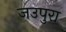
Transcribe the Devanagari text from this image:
जउपुरा